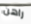
راهن